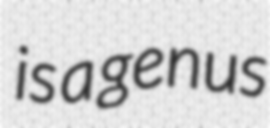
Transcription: is a genus